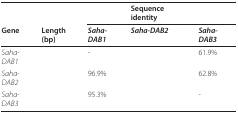
<table><thead><tr><td>[EMPTY_CELL]</td><td>[EMPTY_CELL]</td><td>[EMPTY_CELL]</td><td><b>Sequence identity</b></td><td>[EMPTY_CELL]</td></tr><tr><td><b>Gene</b></td><td><b>Length (bp)</b></td><td><b><i>Saha-DAB1</i></b></td><td><b><i>Saha-DAB2</i></b></td><td><b><i>Saha-DAB3</i></b></td></tr></thead><tbody><tr><td><i>Saha-DAB1</i></td><td>[EMPTY_CELL]</td><td>-</td><td>[EMPTY_CELL]</td><td>61.9%</td></tr><tr><td><i>Saha-DAB2</i></td><td>[EMPTY_CELL]</td><td>96.9%</td><td>[EMPTY_CELL]</td><td>62.8%</td></tr><tr><td><i>Saha-DAB3</i></td><td>[EMPTY_CELL]</td><td>95.3%</td><td>[EMPTY_CELL]</td><td>-</td></tr></tbody></table>